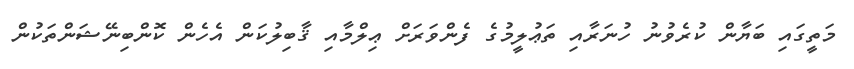
މަތީގައި ބަޔާން ކުރެވުނު ހުނަރާއި ތަޢުލީމުގެ ފެންވަރަށް ޢިލްމާއި ޤާބިލުކަން އެހެން ކޮންބިނޭޝަންތަކުން